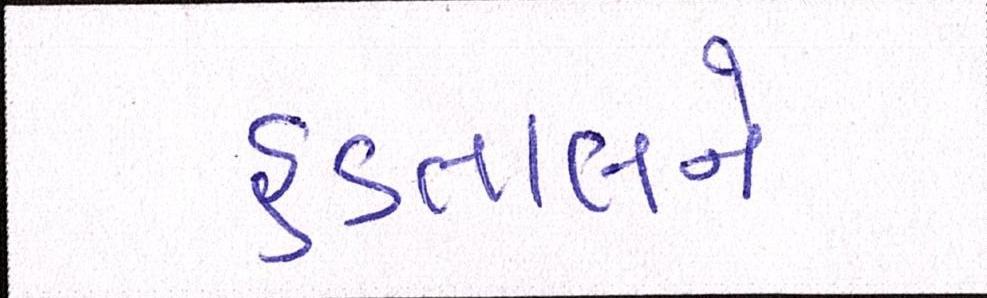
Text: હડતાલને